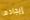
إيجادها